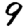
Digit: 9